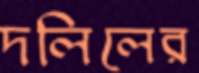
দলিলের